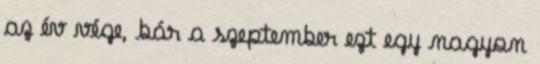
az év vége, bár a szeptember ezt egy nagyon